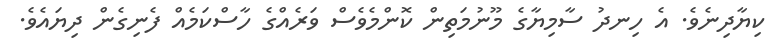
ކިޔާދިނެވެ. އެ ހިނދު ސާމިޔާގެ މޫނުމަތިން ކޮންމެވެސް ވަރެއްގެ ހާސްކަމެއް ފެނިގެން ދިޔައެވެ.